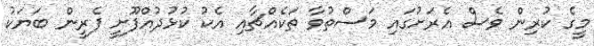
މީގެ ކުރިން ވެސް އެރަށުގައި މަސްތުވާ ތަކެއްޗާއި އެކު ކުޅުދުއްފޫށީ ފެރީން ބަޔަކު